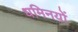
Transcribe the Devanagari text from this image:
धमिनयों